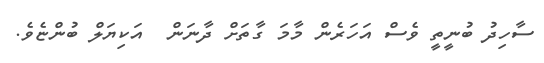
ސާހިދު ބުނީތީ ވެސް އަހަރެން މާމަ ގާތަށް ދާނަން  އަކިޔަލް ބުންޏެވެ.